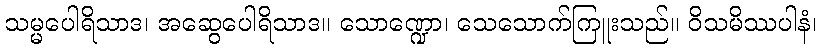
သမ္မပေါရိသာဒ၊ အဆွေပေါရိသာဒ။ သောဏ္ဍော၊ သေသောက်ကြူးသည်။ ဝိသမိဿပါနံ၊